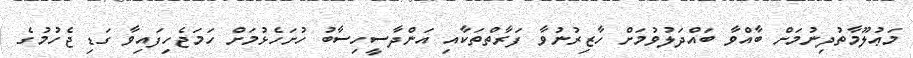
މަޢުލޫމާތުދިނުމަށް ބާއްވާ ބައްދަލުވުމަށް ހާޒިރުނުވާ ފަރާތްތަކާއި އަންދާސީހިސާބު ހުށަހެޅުމަށް ހަމަޖެހިފައިވާ ގަޑި ޖެހުމުގެ